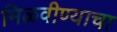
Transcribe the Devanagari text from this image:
मिळवीण्याचा